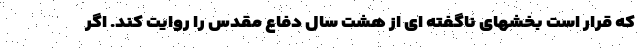
که قرار است بخشهای ناگفته ای از هشت سال دفاع مقدس را روایت کند. اگر